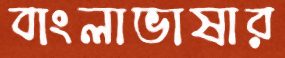
বাংলাভাষার